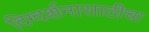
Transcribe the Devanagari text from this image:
दिग्दर्शनासाठीचा